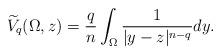
LaTeX: \begin{align*}\widetilde{V}_{q}(\Omega,z)=\frac{q}{n}\int_{\Omega}\frac{1}{|y-z|^{n-q}}dy.\end{align*}